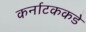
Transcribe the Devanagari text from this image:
कर्नाटककडे